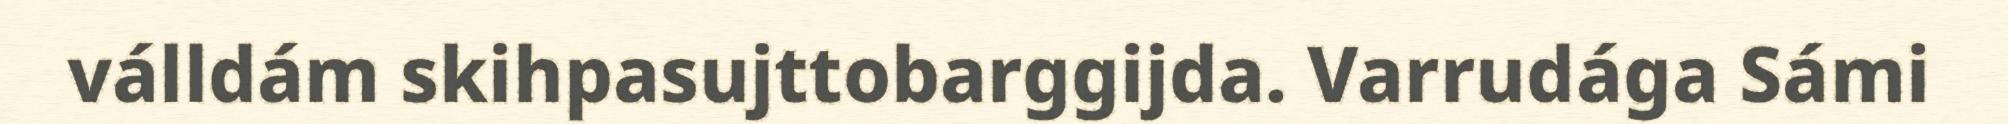
válldám skihpasujttobarggijda. Varrudága Sámi